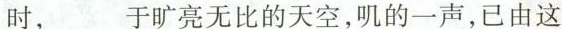
时，___于旷亮无比的天空，叽的一声，已由